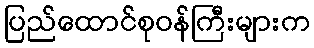
ပြည်ထောင်စုဝန်ကြီးများက